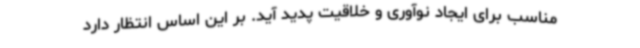
مناسب برای ایجاد نوآوری و خلاقیت پدید آید. بر این اساس انتظار دارد